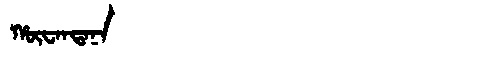
Manchu: ᡥᡡᠸᠠᠨᡨᠠᠨᠠ
Romanization: HŪWANTANA